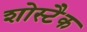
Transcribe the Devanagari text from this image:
शोस्टैक